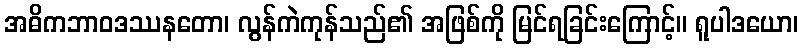
အဓိကဘာဝဒဿနတော၊ လွန်ကဲကုန်သည်၏ အဖြစ်ကို မြင်ရခြင်းကြောင့်။ ရူပါဒယော၊